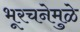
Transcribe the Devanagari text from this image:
भूरचनेमुळे